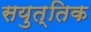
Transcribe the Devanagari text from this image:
सयुत्तिक